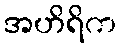
အဟိရိက